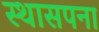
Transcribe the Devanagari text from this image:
स्थासपना